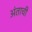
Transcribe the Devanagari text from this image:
अंताची